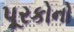
પૂરકોનો